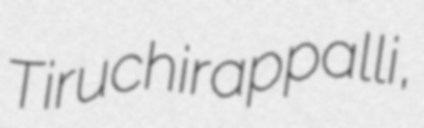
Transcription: Tiruchirappalli,